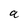
Character: a